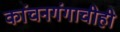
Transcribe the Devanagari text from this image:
कांचनगंगाचीही